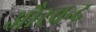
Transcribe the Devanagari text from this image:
औरचन्द्र